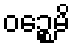
ဝဉ္စေမိ